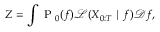
Z = \int \mathrm { ~ P ~ } _ { 0 } ( f ) \mathcal { L } ( X _ { 0 : T } \mid f ) \mathcal { D } f ,